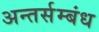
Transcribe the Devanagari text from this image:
अन्तर्सम्बंध